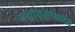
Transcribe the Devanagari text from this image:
पर्यावरणामध्ये